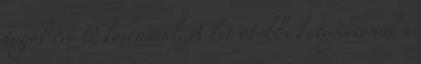
tagok évi 12 koronával. A két utóbbi kategóriánál a